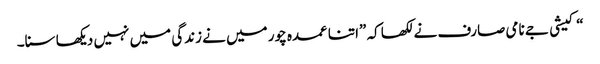
“کیشی جے نامی صارف نے لکھا کہ ”اتنا عمدہ چور میں نے زندگی میں نہیں دیکھا سنا۔